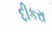
દીકરા